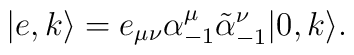
|e,k\rangle = e_{\mu\nu} \alpha^\mu_{-1} \tilde\alpha^\nu_{-1}|0,k\rangle.